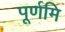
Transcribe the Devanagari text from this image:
पूर्णमि